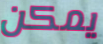
يمكن